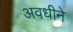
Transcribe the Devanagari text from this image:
अवधीने